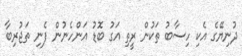
ދުނިޔޭގެ އެކި ހިސާބު ތަކުން ރީތި އަގު ބޮޑު އަންހެނުން ފެނި ތަޖުރިބާ